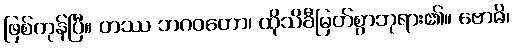
ဖြစ်ကုန်ပြီ။ တဿ ဘဂဝတော၊ ထိုသိခီမြတ်စွာဘုရား၏။ ဗောဓိ၊